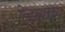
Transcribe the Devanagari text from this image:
निजामशहाचा